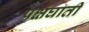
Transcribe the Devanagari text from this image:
पक्षघाती